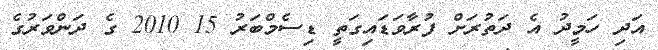
އަދި ހަމީދު އެ ދަތުރަށް ފުރާވަޑައިގަތީ ޑިސެމްބަރު 15 2010 ގެ ދަންވަރުގެ